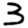
Digit: 3